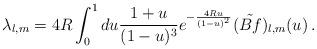
LaTeX: \begin{align*} \lambda_{l,m} = 4R\int_0^1 du \frac{1+u}{(1-u)^3} e^{-\frac{4Ru}{(1-u)^2}}(\tilde{B f})_{l,m}(u) \, .\end{align*}